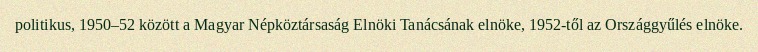
politikus, 1950–52 között a Magyar Népköztársaság Elnöki Tanácsának elnöke, 1952-től az Országgyűlés elnöke.